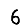
Digit: 6